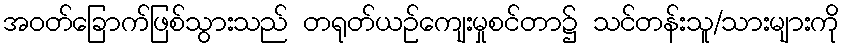
အဝတ်ခြောက်ဖြစ်သွားသည် တရုတ်ယဉ်ကျေးမှုစင်တာ၌ သင်တန်းသူ/သားများကို